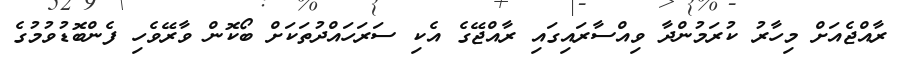
ރާއްޖެއަށް މިހާރު ކުރަމުންދާ ވިއްސާރައިގައި ރާއްޖޭގެ އެކި ސަރަހައްދުތަކަށް ބޯކޮން ވާރޭވެހި ފެންބޮޑުވުމުގެ